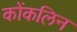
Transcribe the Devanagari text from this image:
कोंकलिन